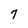
Character: 7